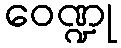
ဝေဏ္ဍု